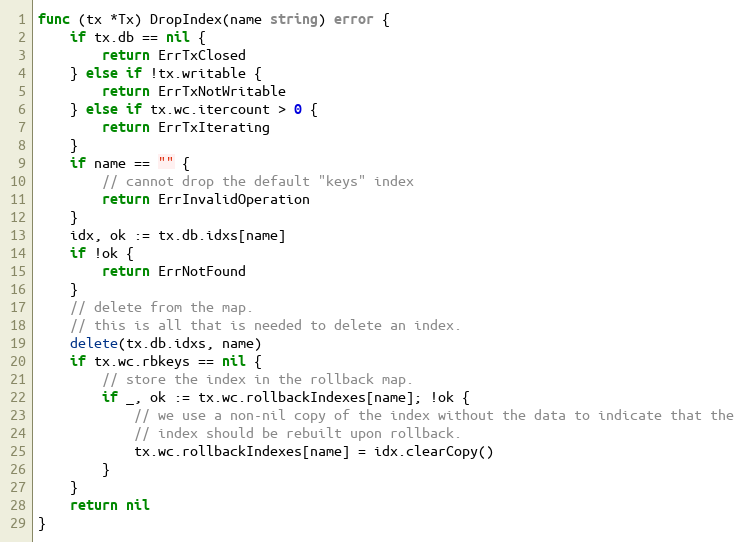
Language: Go
func (tx *Tx) DropIndex(name string) error {
	if tx.db == nil {
		return ErrTxClosed
	} else if !tx.writable {
		return ErrTxNotWritable
	} else if tx.wc.itercount > 0 {
		return ErrTxIterating
	}
	if name == "" {
		// cannot drop the default "keys" index
		return ErrInvalidOperation
	}
	idx, ok := tx.db.idxs[name]
	if !ok {
		return ErrNotFound
	}
	// delete from the map.
	// this is all that is needed to delete an index.
	delete(tx.db.idxs, name)
	if tx.wc.rbkeys == nil {
		// store the index in the rollback map.
		if _, ok := tx.wc.rollbackIndexes[name]; !ok {
			// we use a non-nil copy of the index without the data to indicate that the
			// index should be rebuilt upon rollback.
			tx.wc.rollbackIndexes[name] = idx.clearCopy()
		}
	}
	return nil
}